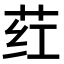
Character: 荭